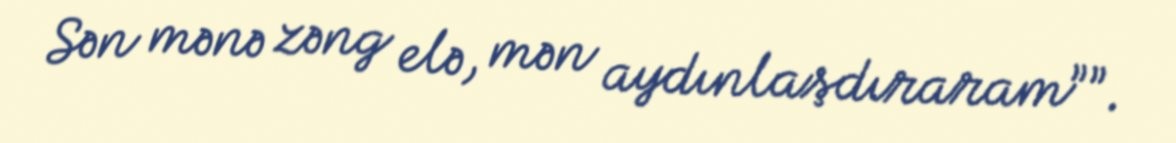
Sən mənə zəng elə, mən aydınlaşdıraram””.